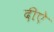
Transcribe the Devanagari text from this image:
दीऐ